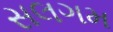
સલગમ